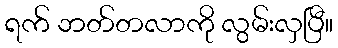
ရက် ဘတ်တလာကို လွမ်းလှပြီ။